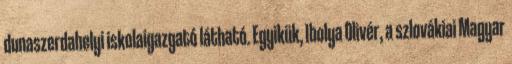
dunaszerdahelyi iskolaigazgató látható. Egyikük, Ibolya Olivér, a szlovákiai Magyar